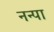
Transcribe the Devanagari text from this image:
नन्पा